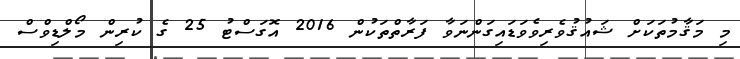
މި މަޤާމުތަކަށް ޝައުޤުވެރިވެވަޑައިގަންނަވާ ފަރާތްތަކުން 2016 އޮގަސްޓު 25 ގެ ކުރިން މޯލްޑިވްސް